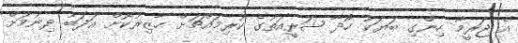
އެ ޖަރީމާ ހިންގި ބަޔަކު ހޯދާ ޝަރީއަތުގެ ކުރިމައްޗަށް ހާޒިރުކޮށް އަދަބު ދިނުމަށް